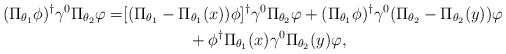
\begin{align*}\begin{aligned}(\Pi_{\theta_1}\phi)^\dagger\gamma^0\Pi_{\theta_2}\varphi = &[(\Pi_{\theta_1}-\Pi_{\theta_1}(x))\phi]^\dagger\gamma^0\Pi_{\theta_2}\varphi+(\Pi_{\theta_1}\phi)^\dagger\gamma^0(\Pi_{\theta_2}-\Pi_{\theta_2}(y))\varphi \\&\qquad\qquad+\phi^\dagger\Pi_{\theta_1}(x)\gamma^0\Pi_{\theta_2}(y)\varphi,\end{aligned}\end{align*}